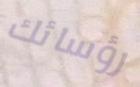
رؤسائك